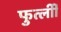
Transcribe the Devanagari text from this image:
फुर्त्लीी